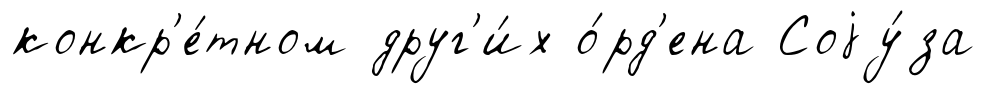
конкр'е́тном друг'и́х о́рд'ена Соjу́за